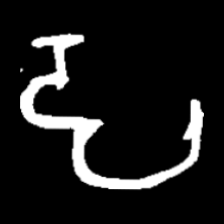
Pyu character \u2014 Myanmar letter: ဠ (romanized: lla)